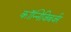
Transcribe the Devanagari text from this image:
कॉन्निजिबर्जर